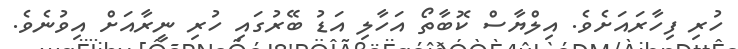
ހުރި ފިހާރައަށެވެ. އިލްޔާސް ކޮބާތޯ އަހާލި އަޑު ބޭރުގައި ހުރި ނީރާއަށް އިވުނެވެ.